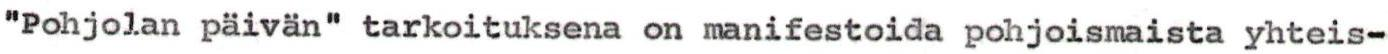
"Pohjolan paivän" tarkoituksena on manifestoida pohjoismaista yhteis-